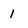
Character: 1